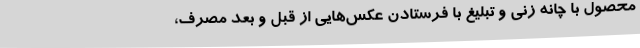
محصول با چانه زنی و تبلیغ با فرستادن عکس‌هایی از قبل و بعد مصرف،